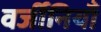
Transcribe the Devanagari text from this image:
वर्जीनियाँ